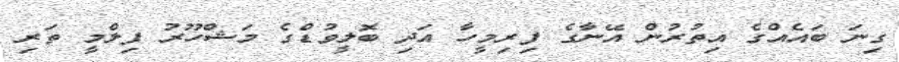
ގިނަ ބައެއްގެ އިތުރުން އޭނާގެ ފިރިމީހާ އަދި ބޮލީވުޑްގެ މަޝްހޫރު ފިލްމީ ތަރި